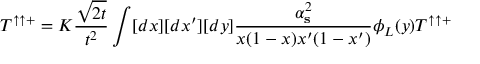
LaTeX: T ^ { \uparrow \uparrow + } = K \displaystyle { \frac { \sqrt { 2 t } } { t ^ { 2 } } } \int [ d x ] [ d x ^ { \prime } ] [ d y ] \displaystyle { \frac { \alpha _ { \bf s } ^ { 2 } } { x ( 1 - x ) x ^ { \prime } ( 1 - x ^ { \prime } ) } } { \phi } _ { L } ( y ) { \cal T } ^ { \uparrow \uparrow + }